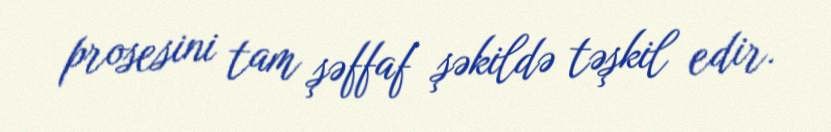
prosesini tam şəffaf şəkildə təşkil edir.